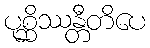
ပုစ္ဆိဿန္တီတိပေ